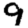
Digit: 9